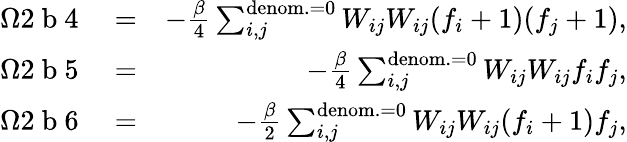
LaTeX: \begin{array}{rlr}{\Omega 2\mathrm{~b~}4}&{{}=}&{-\frac{\beta}{4}\sum_{i,j}^{\mathrm{denom.}=0}{W_{ij}W_{ij}}(f_{i}+1)(f_{j}+1),}\\ {\Omega 2\mathrm{~b~}5}&{{}=}&{-\frac{\beta}{4}\sum_{i,j}^{\mathrm{denom.}=0}{W_{ij}W_{ij}}f_{i}f_{j},}\\ {\Omega 2\mathrm{~b~}6}&{{}=}&{-\frac{\beta}{2}\sum_{i,j}^{\mathrm{denom.}=0}{W_{ij}W_{ij}}(f_{i}+1)f_{j},}\end{array}